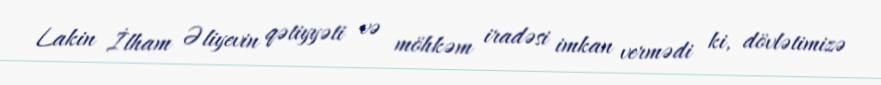
Lakin İlham Əliyevin qətiyyəti və möhkəm iradəsi imkan vermədi ki, dövlətimizə